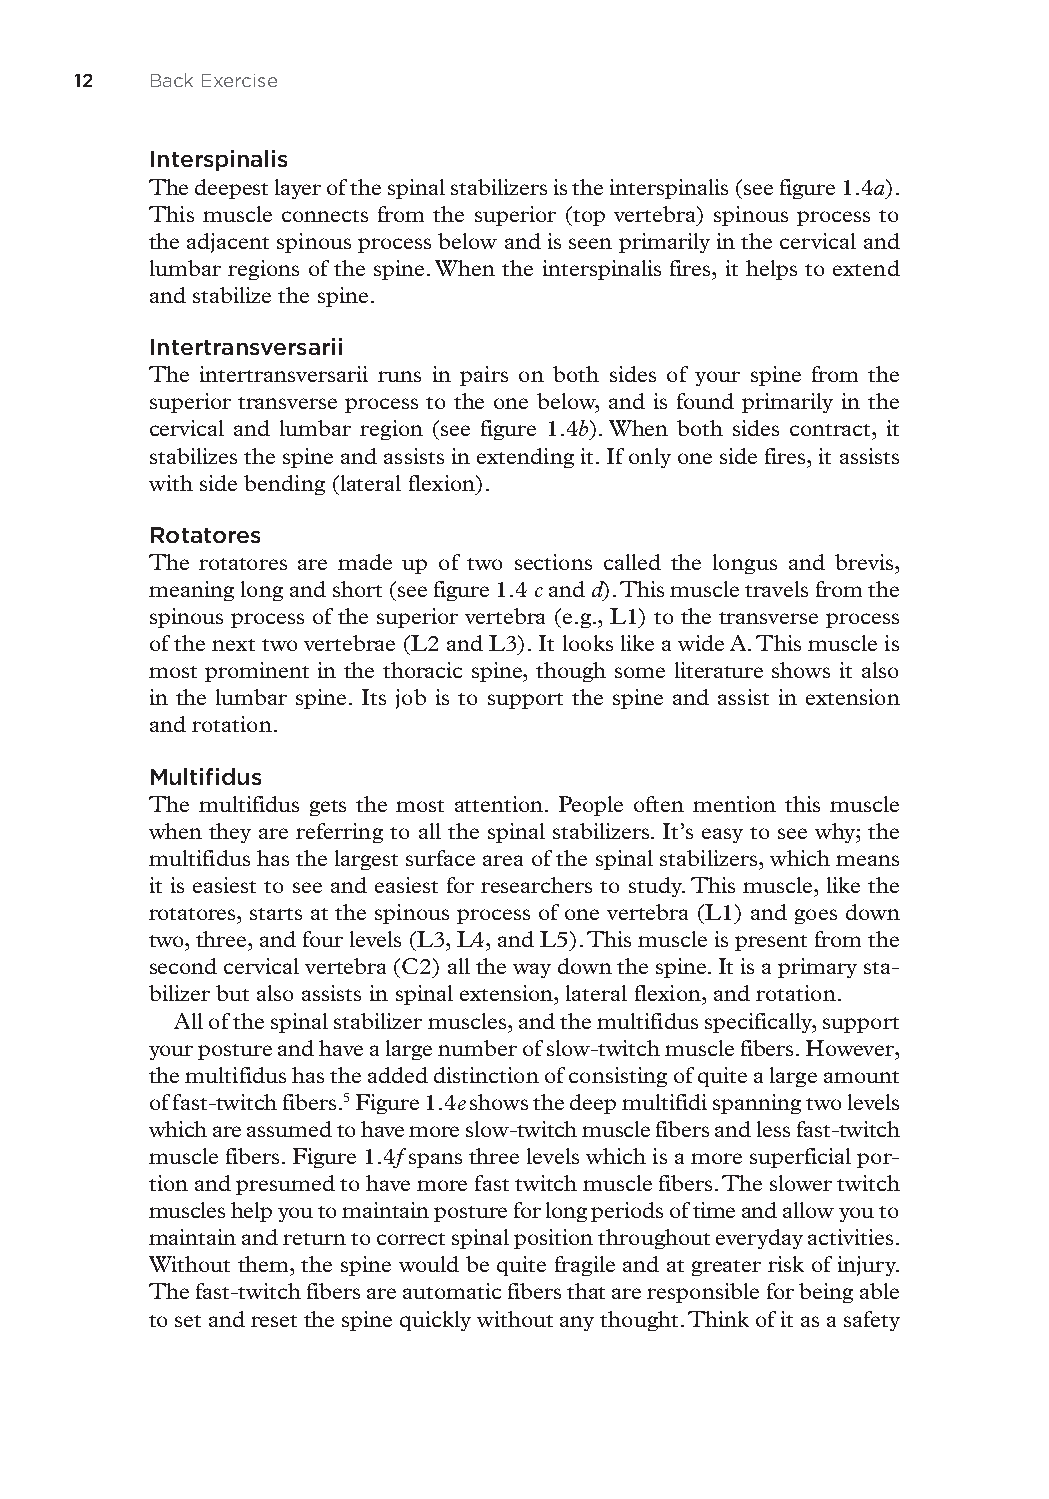
12  Back Exercise
 Interspinalis
 The deepest layer of the spinal stabilizers is the interspinalis (see figure 1.4a).
 This muscle connects from the superior (top vertebra) spinous process to
 the adjacent spinous process below and is seen primarily in the cervical and
 lumbar regions of the spine. When the interspinalis fires, it helps to extend
 and stabilize the spine.
 Intertransversarii
 The intertransversarii runs in pairs on both sides of your spine from the
 superior transverse process to the one below, and is found primarily in the
 cervical and lumbar region (see figure 1.4b). When both sides contract, it
 stabilizes the spine and assists in extending it. If only one side fires, it assists
 with side bending (lateral flexion).
 Rotatores
 The rotatores are made up of two sections called the longus and brevis,
 meaning long and short (see figure 1.4 c and d). This muscle travels from the
 spinous process of the superior vertebra (e.g., L1) to the transverse process
 of the next two vertebrae (L2 and L3). It looks like a wide A. This muscle is
 most prominent in the thoracic spine, though some literature shows it also
 in the lumbar spine. Its job is to support the spine and assist in extension
 and rotation.
 Multifidus
 The multifidus gets the most attention. People often mention this muscle
 when they are referring to all the spinal stabilizers. It’s easy to see why; the
 multifidus has the largest surface area of the spinal stabilizers, which means
 it is easiest to see and easiest for researchers to study. This muscle, like the
 rotatores, starts at the spinous process of one vertebra (L1) and goes down
 two, three, and four levels (L3, L4, and L5). This muscle is present from the
 second cervical vertebra (C2) all the way down the spine. It is a primary sta-
 bilizer but also assists in spinal extension, lateral flexion, and rotation.
 All of the spinal stabilizer muscles, and the multifidus specifically, support
 your posture and have a large number of slow-twitch muscle fibers. However,
 the multifidus has the added distinction of consisting of quite a large amount
 of fast-twitch fibers.5 Figure 1.4e shows the deep multifidi spanning two levels
 which are assumed to have more slow-twitch muscle fibers and less fast-twitch
 muscle fibers. Figure 1.4f spans three levels which is a more superficial por-
 tion and presumed to have more fast twitch muscle fibers. The slower twitch
 muscles help you to maintain posture for long periods of time and allow you to
 maintain and return to correct spinal position throughout everyday activities.
 Without them, the spine would be quite fragile and at greater risk of injury.
 The fast-twitch fibers are automatic fibers that are responsible for being able
 to set and reset the spine quickly without any thought. Think of it as a safety